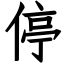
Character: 停